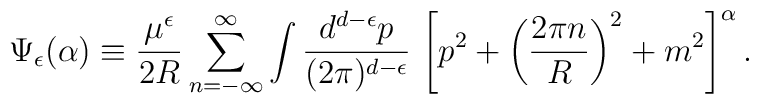
\Psi_\epsilon (\alpha)\equiv \frac{\mu^{\epsilon}}{2R}\sum_{n=-\infty}^{\infty}\int\frac{d^{d-\epsilon}p}{(2\pi)^{d-\epsilon}}\,\left[p^2+\left(\frac{2\pi n}{R}\right)^2+m^2\right]^{\alpha}.